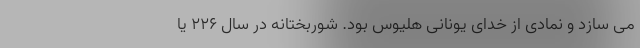
می سازد و نمادی از خدای یونانی هلیوس بود. شوربختانه در سال ۲۲۶ یا